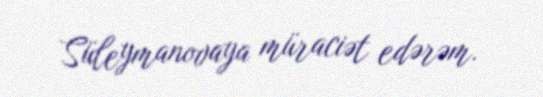
Süleymanovaya müraciət edərəm.